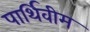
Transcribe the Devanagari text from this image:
पार्थिवीम